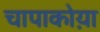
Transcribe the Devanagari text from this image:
चापाकोय़ा